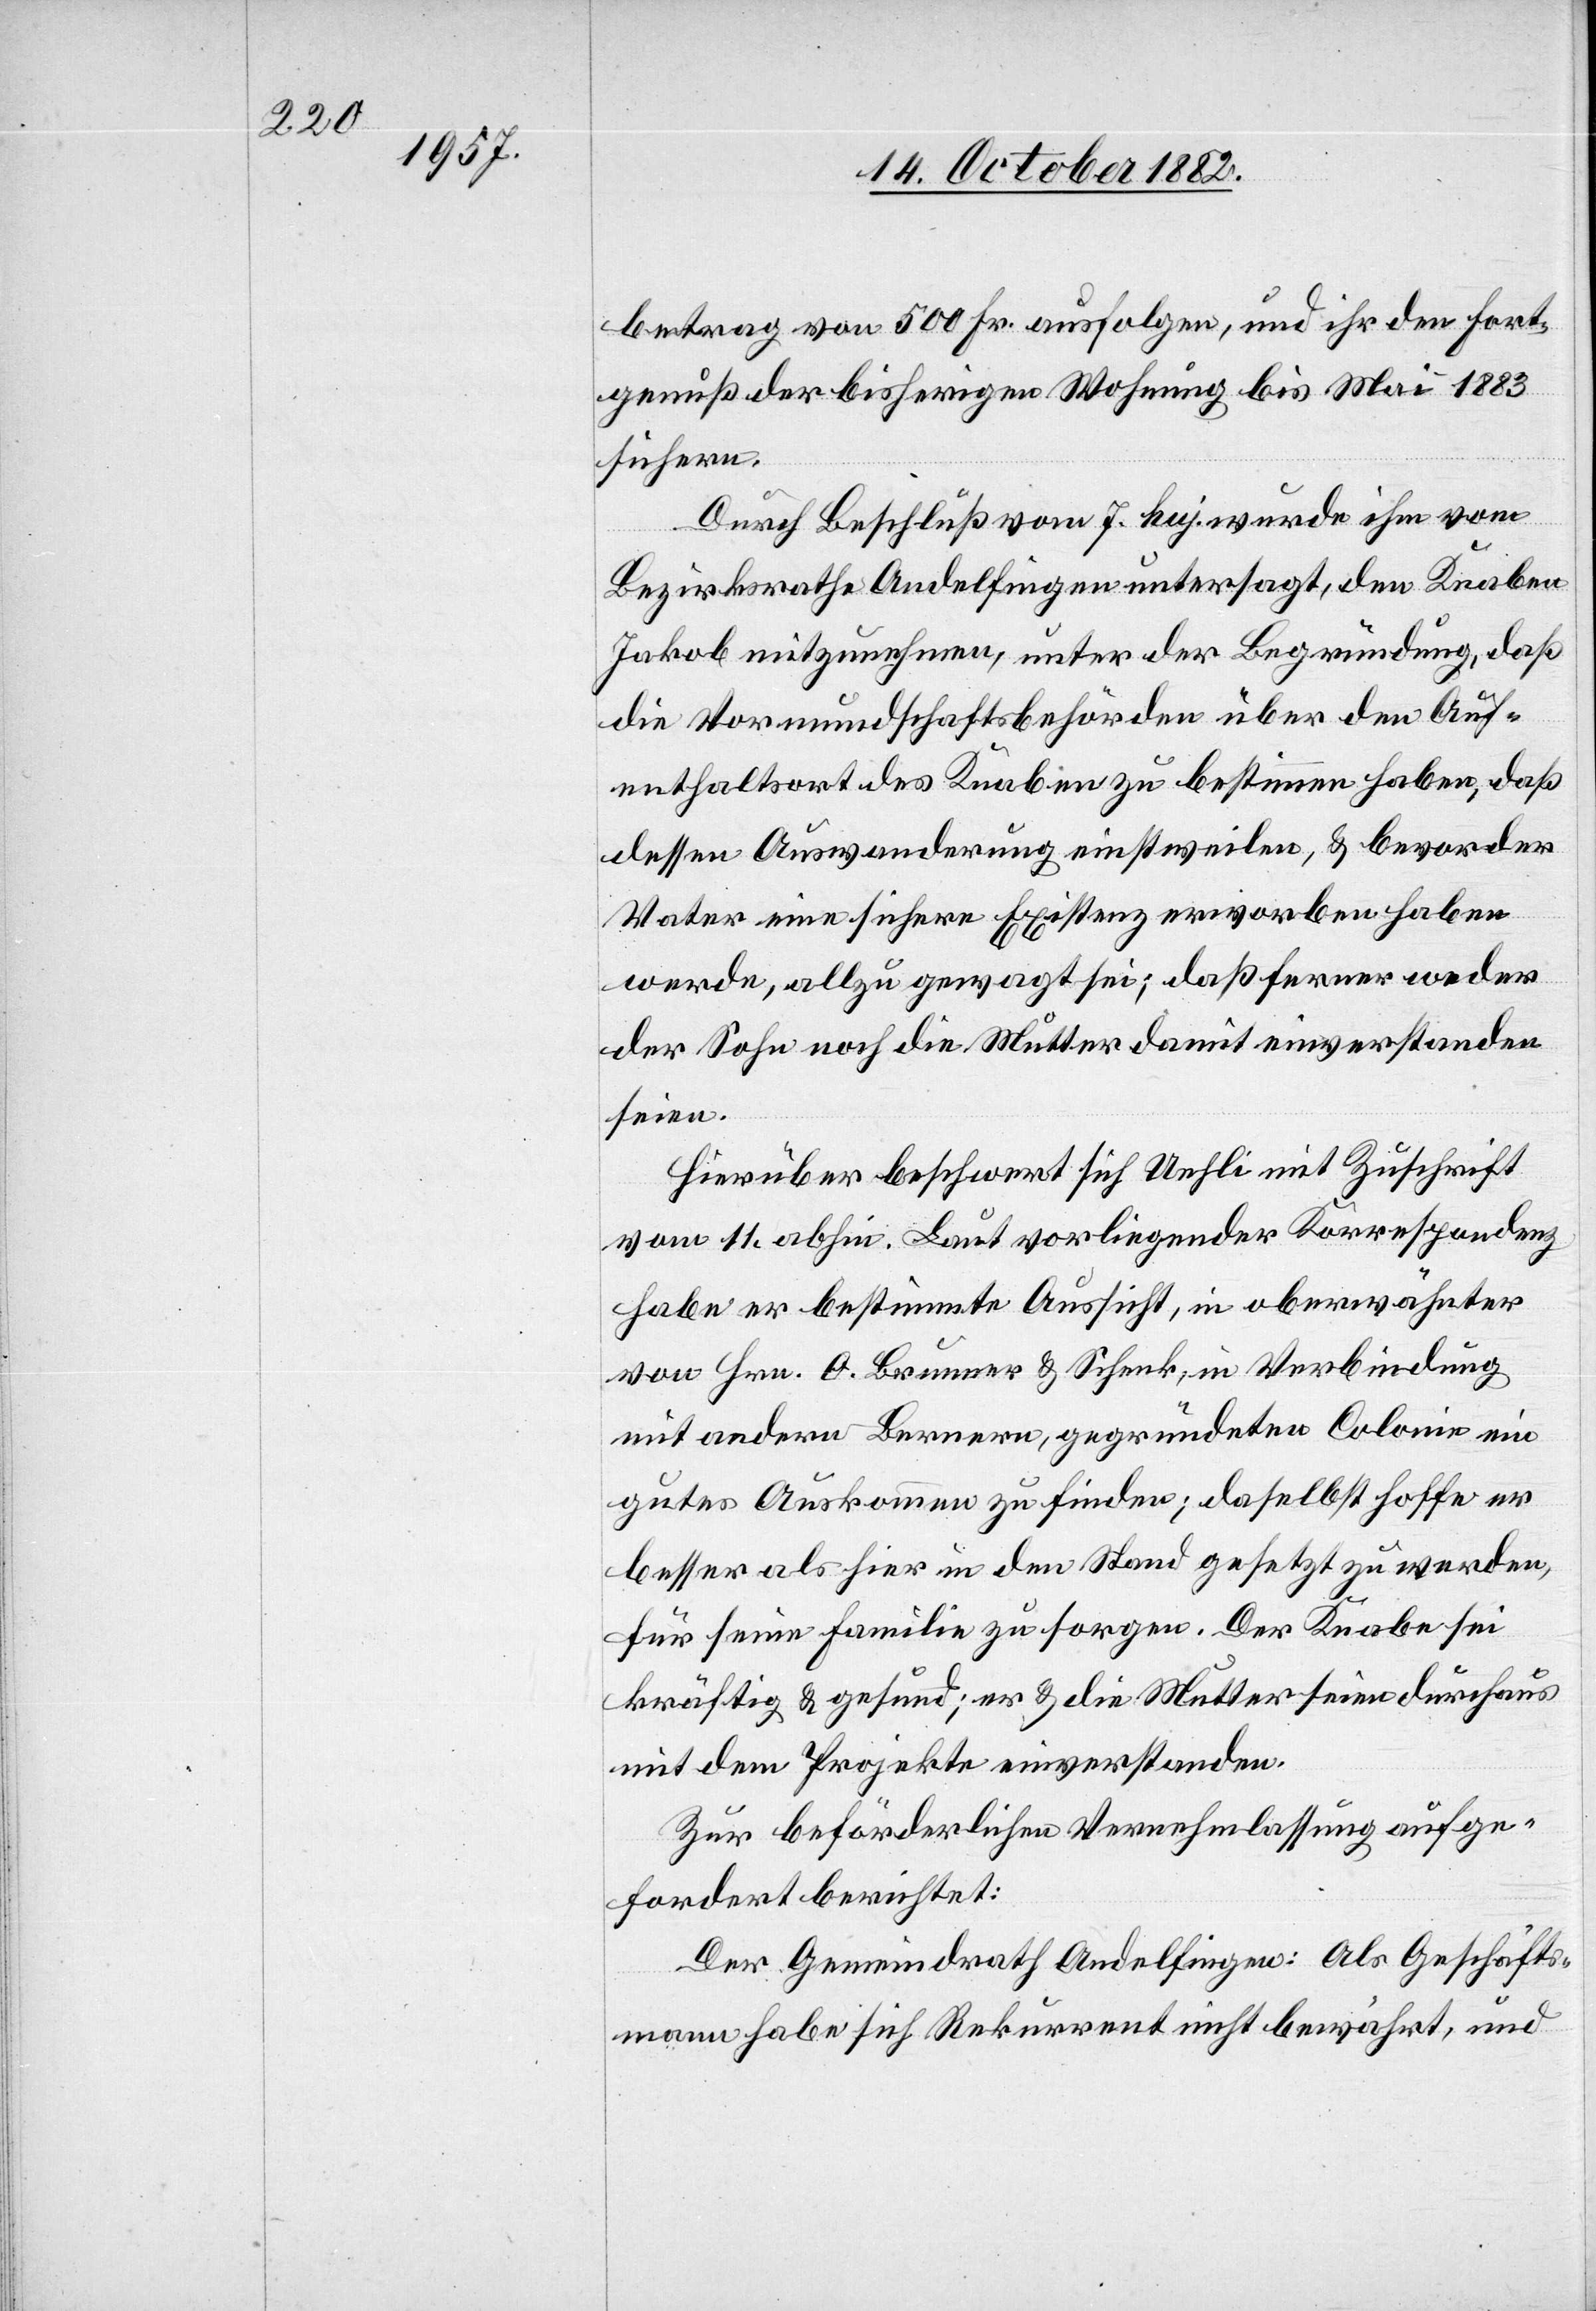
betrag von 500 Fr. ausfolgen, und ihr den Fort¬
genuß der bisherigen Wohnung bis Mai 1883
sichern.
Durch Beschluß vom 7. huj. wurde ihm vom
Bezirksrathe Andelfingen untersagt, den Knaben
Jakob mitzunehmen, unter der Begründung, daß
die Vormundschaftsbehörden über den Auf¬
enthaltsort des Knaben zu bestimmen haben, daß
dessen Auswanderung einstweilen, & bevor der
Vater eine sichere Existenz erworben haben
werde, allzu gewagt sei; daß ferner weder
der Sohn noch die Mutter damit einverstanden
seien.
Hierüber beschwert sich Uehli mit Zuschrift
vom 11. abhin. Laut vorliegender Korrespondenz
habe er bestimmte Aussicht, in oberwähnter
von Hrn. O. Brunner & Schenk, in Verbindung
mit andern Bernern, gegründete Colonie ein
gutes Auskommen zu finden; daselbst hoffe er
besser als hier in den Stand gesetzt zu werden,
für seine Familie zu sorgen. Der Knabe sei
kräftig & gesund; er & die Mutter seien durchaus
mit dem Projekte einverstanden.
Zur beförderlichen Vernehmlassung aufge¬
fordert berichtet:
Der Gemeindrath Andelfingen: Als Geschäfts¬
mann habe sich Rekurrent nicht bewährt, und